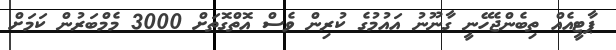
ޕާޓީއެއް ތިބެންޖެހޭނީ ގާނޫނު އައުމުގެ ކުރިން ވެސް އޮތްގޮތަށް 3000 މެމްބަރުން ކަމަށް